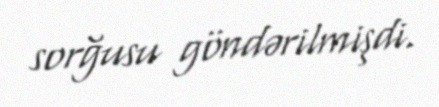
sorğusu göndərilmişdi.